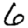
Digit: 6